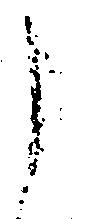
よ